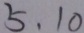
5 , 1 0